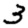
Digit: 3